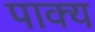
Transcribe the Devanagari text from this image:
पाक्य